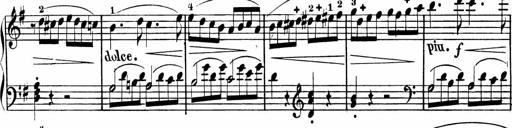
Title: Rosen ohne Dornen
Composer: Gustav Lange